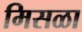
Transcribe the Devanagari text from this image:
मिसळा